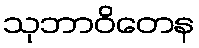
သုဘာဝိတေန